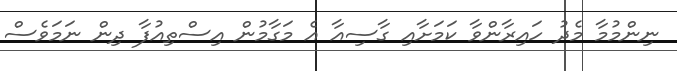
ނިންމުމާ މެދު ހައިރާންވާ ކަމަށާއި ގާސިއާ އެ މަގާމުން އިސްތިއުފާ ދިން ނަމަވެސް